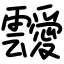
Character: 靉